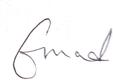
Signature authenticity: genuine